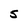
Character: 5